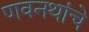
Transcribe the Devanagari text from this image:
णवनथांचे